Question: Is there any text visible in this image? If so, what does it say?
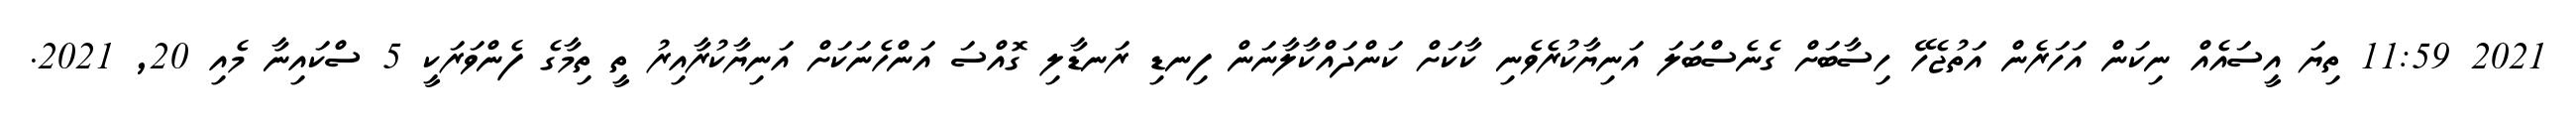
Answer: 2021 11:59 ތިޔަ އީސައެއް ނިކަން އަހަރެން އަތުޖެހޭ ހިސާބަށް ގެނެސްބަލަ އަނިޔާކުރެވެނި ކާކަށް ކަންދައްކާލާނަން ފިނޑި ރަނޑާލި ގޮއްސަ އަންހެނަކަށް އަނިޔާކުރާއިރު ތީ ތިމާގެ ފެންވަރަކީ 5 ސްކައިނާ މެއި 20, 2021.